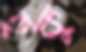
হুকু